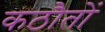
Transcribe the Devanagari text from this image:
कठौतों